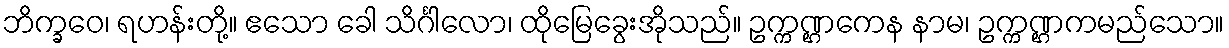
ဘိက္ခဝေ၊ ရဟန်းတို့။ ဧသော ခေါ သိင်္ဂါလော၊ ထိုမြေခွေးအိုသည်။ ဥက္ကဏ္ဌကေန နာမ၊ ဥက္ကဏ္ဌကမည်သော။